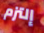
إلتزم